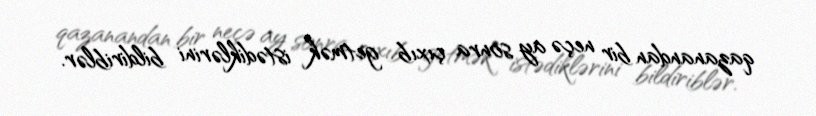
qazanandan bir neçə ay sonra çıxıb getmək istədiklərini bildiriblər.